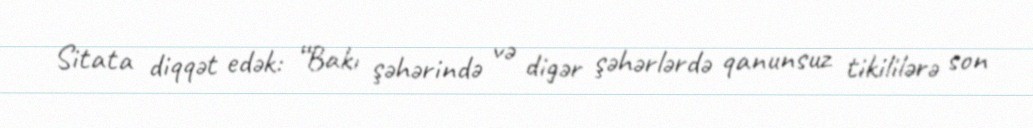
Sitata diqqət edək: “Bakı şəhərində və digər şəhərlərdə qanunsuz tikililərə son